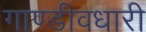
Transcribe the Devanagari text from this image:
गाण्डीवधारी